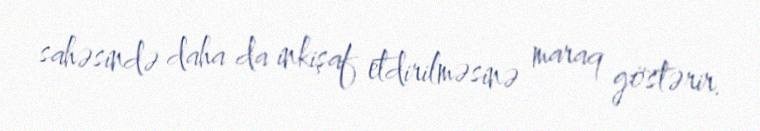
sahəsində daha da inkişaf etdirilməsinə maraq göstərir.